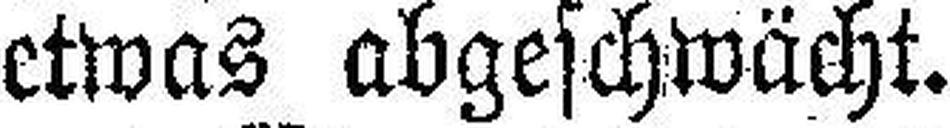
etwas abgeschwächt.